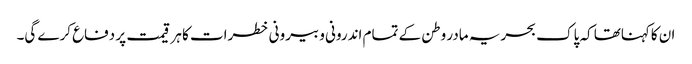
ان کاکہناتھا کہ پاک بحریہ مادر وطن کے تمام اندرونی و بیرونی خطرات کا ہر قیمت پر دفاع کرے گی۔